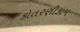
કોતરણીકામ